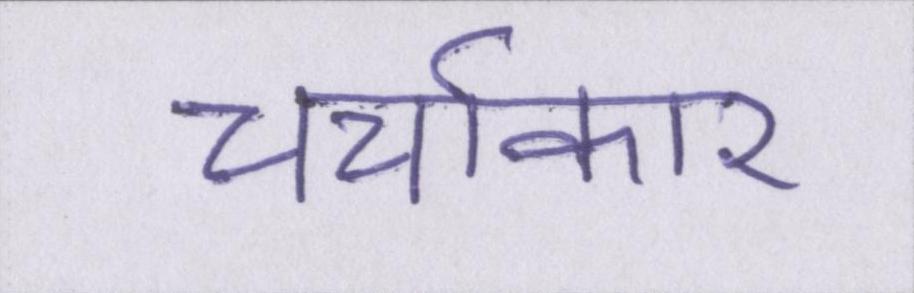
चर्चाकार